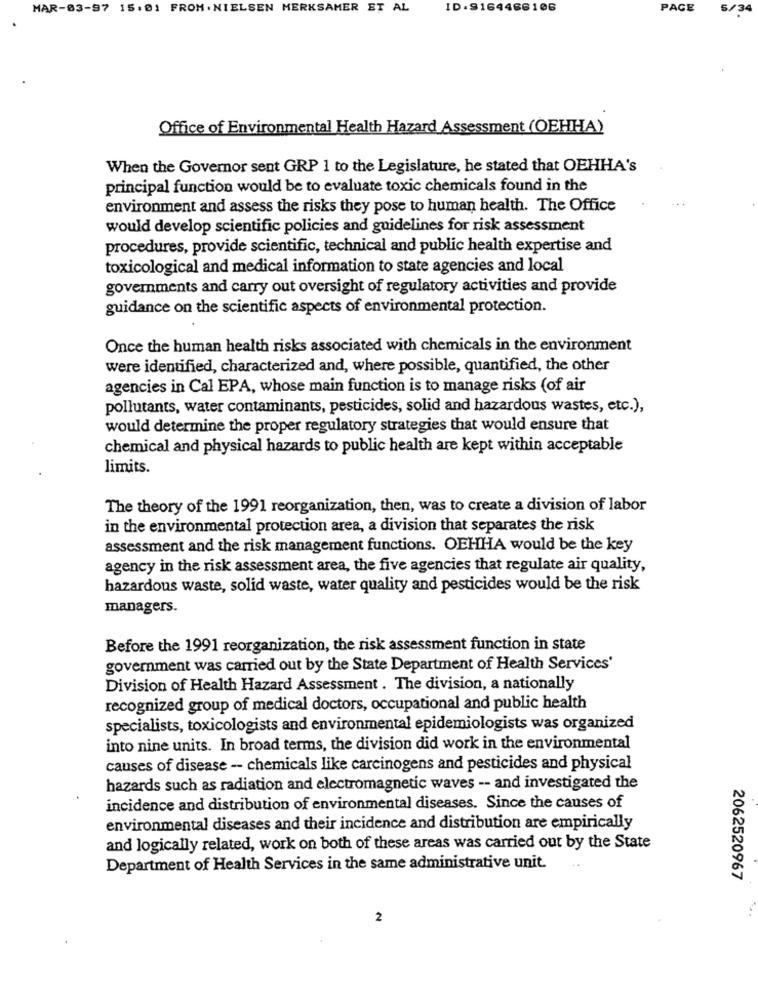
MAR-03-97 15.01 FROM. NIELSEN MERKSAMER ET AL
ID:S164466106
PAGE
5/34
Office of Environmental Health Hazard Assessment (OEHHA)
When the Governor sent GRP 1 to the Legislature, he stated that OEHHA's
principal function would be to evaluate toxic chemicals found in the
environment and assess the risks they pose to human health. The Office
would develop scientific policies and guidelines for risk assessment
procedures, provide scientific, technical and public health expertise and
toxicological and medical information to state agencies and local
governments and carry out oversight of regulatory activities and provide
guidance on the scientific aspects of environmental protection.
Once the human health risks associated with chemicals in the environment
were identified, characterized and, where possible, quantified, the other
agencies in Cal EPA, whose main function is to manage risks (of air
pollutants, water contaminants, pesticides, solid and hazardous wastes, etc.),
would determine the proper regulatory strategies that would ensure that
chemical and physical hazards to public health are kept within acceptable
limits.
The theory of the 1991 reorganization, then, was to create a division of labor
in the environmental protection area, a division that separates the risk
assessment and the risk management functions. OEHHA would be the key
agency in the risk assessment area, the five agencies that regulate air quality,
hazardous waste, solid waste, water quality and pesticides would be the risk
managers.
Before the 1991 reorganization, the risk assessment function in state
government was carried out by the State Department of Health Services'
Division of Health Hazard Assessment . The division, a nationally
recognized group of medical doctors, occupational and public health
specialists, toxicologists and environmental epidemiologists was organized
into nine units. In broad terms, the division did work in the environmental
causes of disease -- chemicals like carcinogens and pesticides and physical
hazards such as radiation and electromagnetic waves -- and investigated the
incidence and distribution of environmental diseases. Since the causes of
environmental diseases and their incidence and distribution are empirically
and logically related, work on both of these areas was carried out by the State
Department of Health Services in the same administrative unit.
2062520967
2